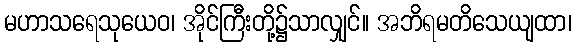
မဟာသရေသုယေဝ၊ အိုင်ကြီးတို့၌သာလျှင်။ အဘိရမတိသေယျထာ၊